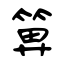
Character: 箅